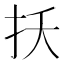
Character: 扷